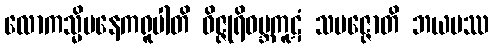
လောကသ္မိမနေကရူပါတိ ဝိဇ္ဇုရိဝဗ္ဘကူဋံ သမဇ္ဇောတိ ဘယမဿ